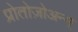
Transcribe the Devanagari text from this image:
प्रोतोज़ोअन्स्